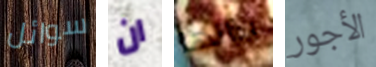
سوائل ان بذاتها الأجور